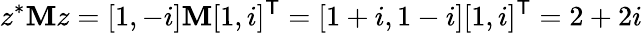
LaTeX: z^{*}\mathbf{M}z=[1,-i]\mathbf{M}[1,i]^{\textsf{{T}}}=[1+i,1-i][1,i]^{\textsf{{T}}}=2+2i